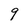
Character: 9